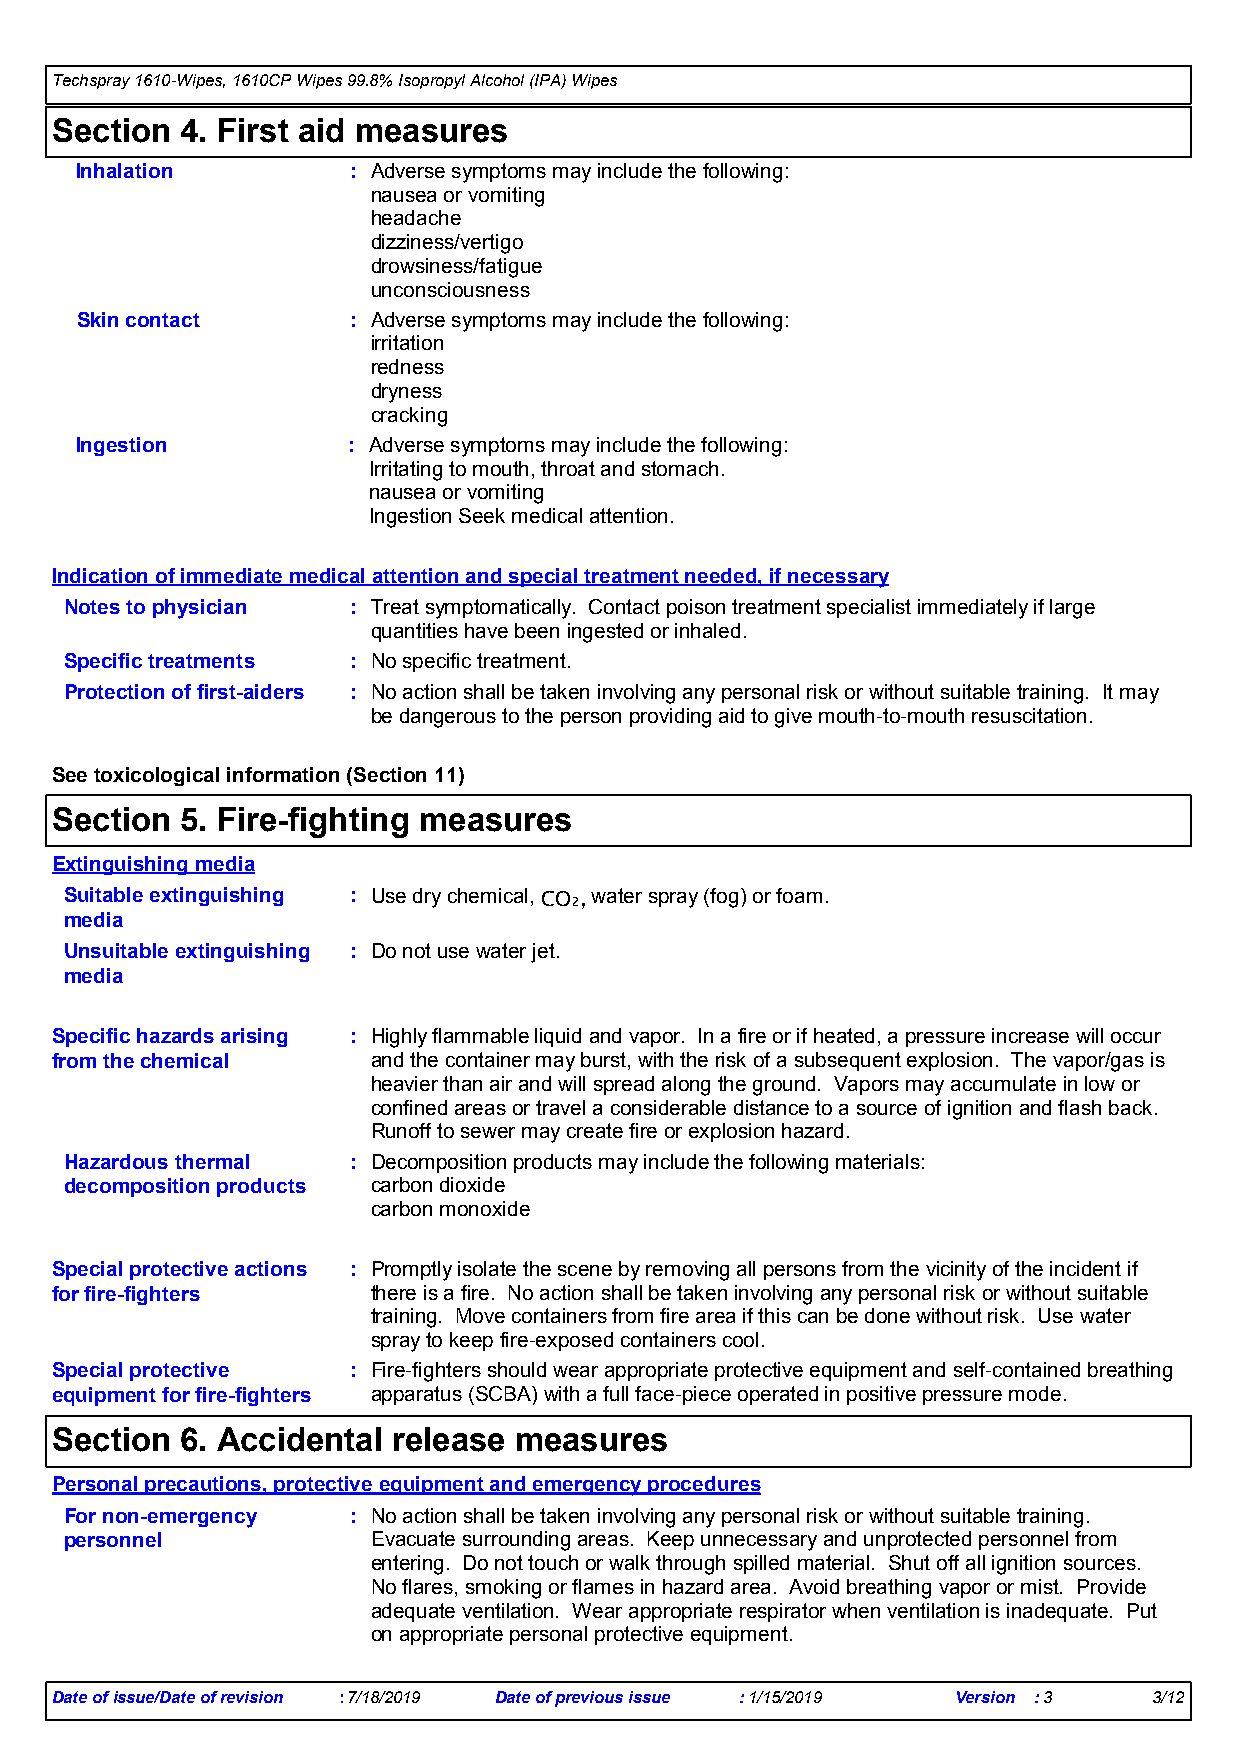
Techspray 1610-Wipes, 1610CP Wipes 99.8% Isopropyl Alcohol (IPA) Wipes
 Section  4. First aid measures
 Inhalation        : Adverse symptoms may include the following:
 nausea or vomiting
 headache
 dizziness/vertigo
 drowsiness/fatigue
 unconsciousness
 Skin contact      : Adverse symptoms may include the following:
 irritation
 redness
 dryness
 cracking
 Ingestion         : Adverse symptoms may include the following:
 Irritating to mouth, throat and stomach.
 nausea or vomiting
 Ingestion Seek medical attention.
 Indication of immediate medical attention and special treatment needed, if necessary
 Notes to physician : Treat symptomatically. Contact poison treatment specialist immediately if large
 quantities have been ingested or inhaled.
 Specific treatments : No specific treatment.
 Protection of first-aiders : No action shall be taken involving any personal risk or without suitable training. It may
 be dangerous to the person providing aid to give mouth-to-mouth resuscitation.
 See toxicological information (Section 11)
 Section  5. Fire-fighting measures
 Extinguishing media
 Suitable extinguishing : Use dry chemical, CO₂, water spray (fog) or foam.
 media
 Unsuitable extinguishing : Do not use water jet.
 media
 Specific hazards arising : Highly flammable liquid and vapor. In a fire or if heated, a pressure increase will occur
 from the chemical     and the container may burst, with the risk of a subsequent explosion. The vapor/gas is
 heavier than air and will spread along the ground. Vapors may accumulate in low or
 confined areas or travel a considerable distance to a source of ignition and flash back.
 Runoff to sewer may create fire or explosion hazard.
 Hazardous thermal  : Decomposition products may include the following materials:
 decomposition products carbon dioxide
 carbon monoxide
 Special protective actions : Promptly isolate the scene by removing all persons from the vicinity of the incident if
 for fire-fighters     there is a fire. No action shall be taken involving any personal risk or without suitable
 training. Move containers from fire area if this can be done without risk. Use water
 spray to keep fire-exposed containers cool.
 Special protective  : Fire-fighters should wear appropriate protective equipment and self-contained breathing
 equipment for fire-fighters apparatus (SCBA) with a full face-piece operated in positive pressure mode.
 Section  6. Accidental release measures
 Personal precautions, protective equipment and emergency procedures
 For non-emergency  : No action shall be taken involving any personal risk or without suitable training.
 personnel            Evacuate surrounding areas. Keep unnecessary and unprotected personnel from
 entering. Do not touch or walk through spilled material. Shut off all ignition sources.
 No flares, smoking or flames in hazard area. Avoid breathing vapor or mist. Provide
 adequate ventilation. Wear appropriate respirator when ventilation is inadequate. Put
 on appropriate personal protective equipment.
 Date of issue/Date of revision :7/18/2019 Date of previous issue :1/15/2019 Version :3 3/12